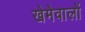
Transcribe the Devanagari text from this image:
खेमेवालों